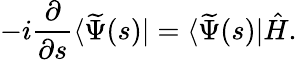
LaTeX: -i\frac{\partial}{\partial s}\langle\widetilde{\Psi}(s)|=\langle\widetilde{\Psi}(s)|\hat{H}.